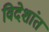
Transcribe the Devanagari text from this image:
विदेशांत